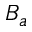
B _ { a }